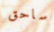
ساحق